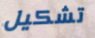
تشكيل